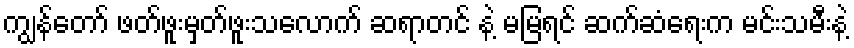
ကျွန်တော် ဖတ်ဖူးမှတ်ဖူးသလောက် ဆရာတင် နဲ့ မမြရင် ဆက်ဆံရေးက မင်းသမီးနဲ့